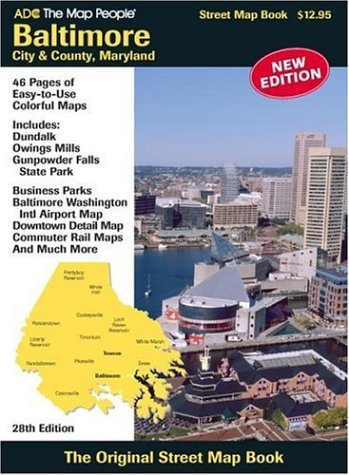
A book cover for Baltimore City & County, Maryland (Street Map Books); Travel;